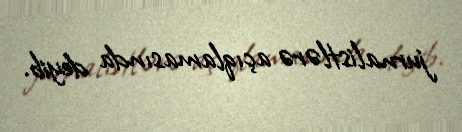
jurnalistlərə açıqlamasında deyib.